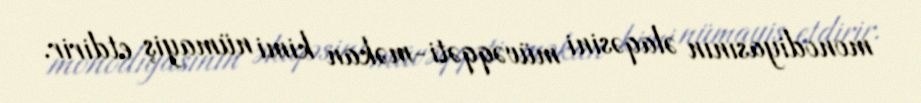
monodiyasının əlaqəsini müvəqqəti-məkan kimi nümayiş etdirir.